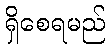
ရှိစေရမည်